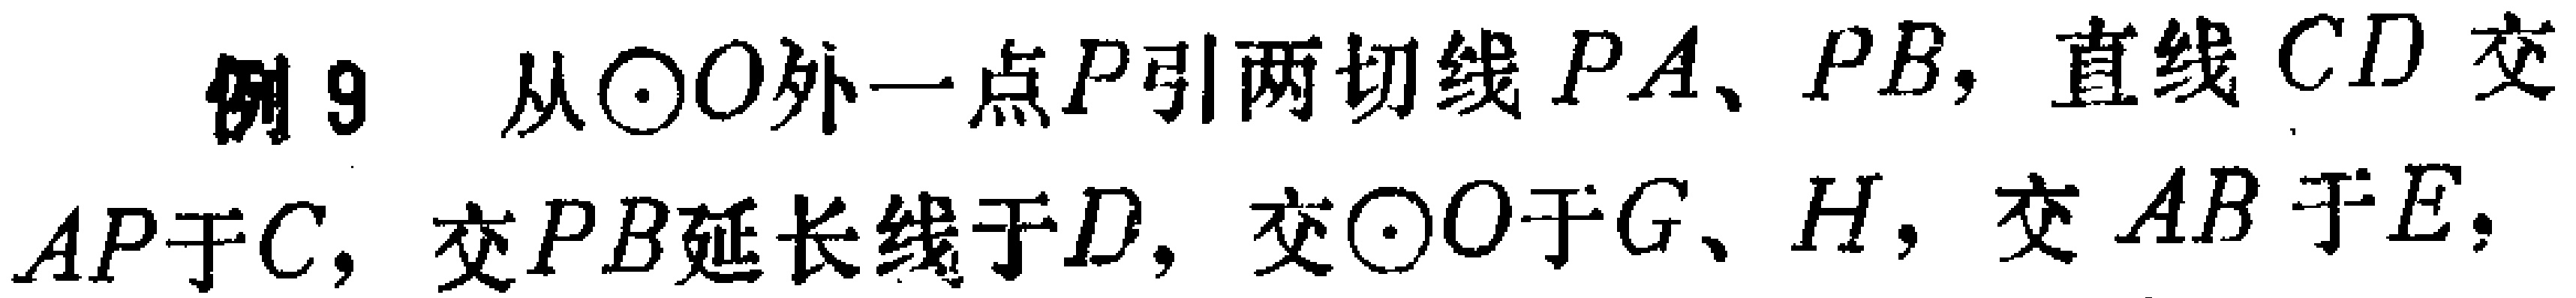
例9 从\(\odot O\)外一点\(P\)引两切线\(PA\)、\(PB\)，直线\(CD\)交\(AP\)于\(C\)，交\(PB\)延长线于\(D\)，交\(\odot O\)于\(G\)、\(H\)，交\(AB\)于\(E\)，